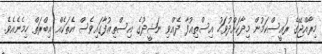
މިރާއްޖޭގެ ރައީސްކަމުން މިދާކަށްދުވަހު އިސްތިޢުފާ ދެއްވި ނަޝީދުގެ އިސްތިޢުފާގައިވެސް އެތަކެއް ޢިބްރަތް ހިމެނެއެވެ.